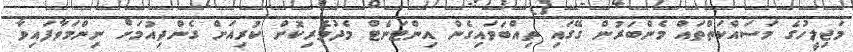
މަޖިލީހުގެ މަސައްކަތްތައް މެންބަރުން ގޭގައި ތިއްބަވައިގެން އިންޓަނެޓް މެދުވެރިކޮށް ކުރިއަށް ގެންދިއުމަށް ނިންމަވާފައިވާ